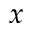
\boldsymbol { x }